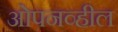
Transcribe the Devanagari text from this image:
ओपनव्हील